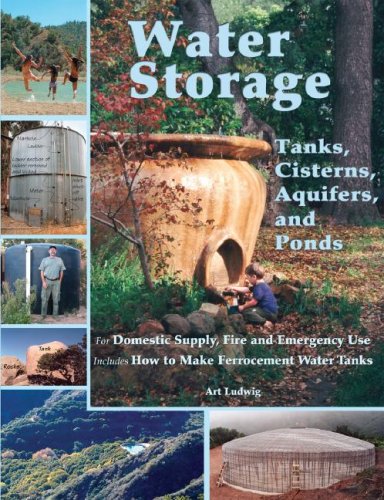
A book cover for Water Storage: Tanks, Cisterns, Aquifers, and Ponds for Domestic Supply, Fire and Emergency Use--Includes How to Make Ferrocement Water Tanks; Art Ludwig; Engineering & Transportation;